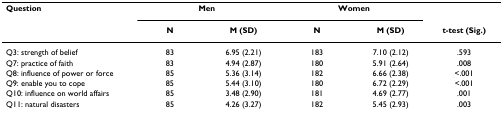
<table><thead><tr><td><b>Question</b></td><td colspan="2"><b>Men</b></td><td colspan="2"><b>Women</b></td><td></td></tr><tr><td></td><td><b>N</b></td><td><b>M (SD)</b></td><td><b>N</b></td><td><b>M (SD)</b></td><td><b>t-test (Sig.)</b></td></tr></thead><tbody><tr><td>Q3: strength of belief</td><td>83</td><td>6.95 (2.21)</td><td>183</td><td>7.10 (2.12)</td><td>.593</td></tr><tr><td>Q7: practice of faith</td><td>83</td><td>4.94 (2.87)</td><td>180</td><td>5.91 (2.64)</td><td>.008</td></tr><tr><td>Q8: influence of power or force</td><td>85</td><td>5.36 (3.14)</td><td>182</td><td>6.66 (2.38)</td><td>&lt;.001</td></tr><tr><td>Q9: enable you to cope</td><td>85</td><td>5.44 (3.10)</td><td>180</td><td>6.72 (2.29)</td><td>&lt;.001</td></tr><tr><td>Q10: influence on world affairs</td><td>85</td><td>3.48 (2.90)</td><td>181</td><td>4.69 (2.77)</td><td>.001</td></tr><tr><td>Q11: natural disasters</td><td>85</td><td>4.26 (3.27)</td><td>182</td><td>5.45 (2.93)</td><td>.003</td></tr></tbody></table>